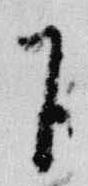
下